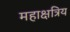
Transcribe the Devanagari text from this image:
महाक्षत्रिय